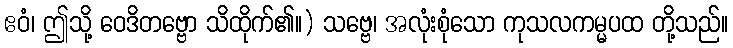
ဧဝံ၊ ဤသို့ ဝေဒိတဗ္ဗော သိထိုက်၏။) သဗ္ဗေ၊ အလုံးစုံသော ကုသလကမ္မပထ တို့သည်။